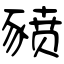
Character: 豮